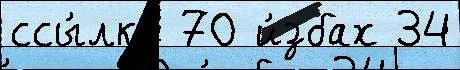
ссы́лку 70 и́збах 34